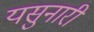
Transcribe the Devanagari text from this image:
यसुनारी